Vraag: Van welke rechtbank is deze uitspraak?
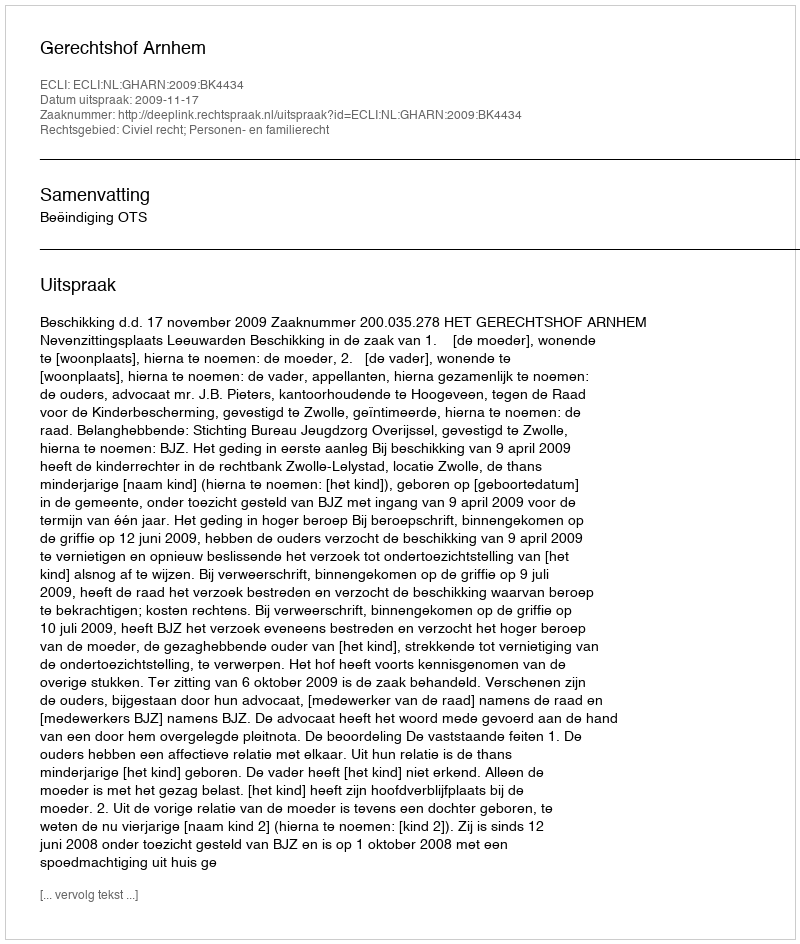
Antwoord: Gerechtshof Arnhem